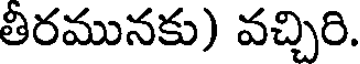
తిరమునకు) వచ్చిరి.